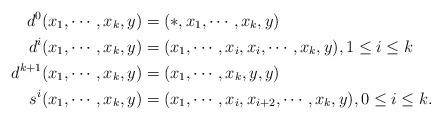
LaTeX: \begin{align*} d^0(x_1,\cdots, x_k,y)&=(*,x_1,\cdots,x_k,y)\\ d^i(x_1,\cdots, x_k,y)&=(x_1,\cdots,x_i,x_i,\cdots,x_k,y), 1\leq i\leq k\\ d^{k+1}(x_1,\cdots, x_k,y)&=(x_1,\cdots,x_k,y,y)\\ s^i(x_1,\cdots, x_k,y)&=(x_1,\cdots,x_{i},x_{i+2},\cdots,x_k,y) , 0\leq i\leq k. \end{align*}